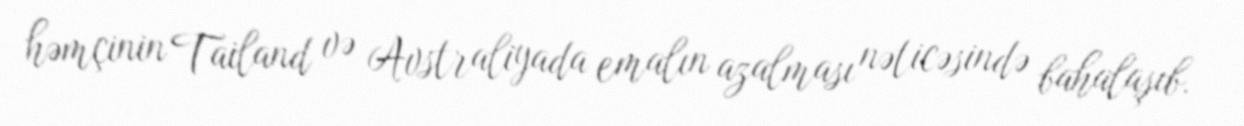
həmçinin Tailand və Avstraliyada emalın azalması nəticəsində bahalaşıb.